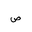
Letter: _sad